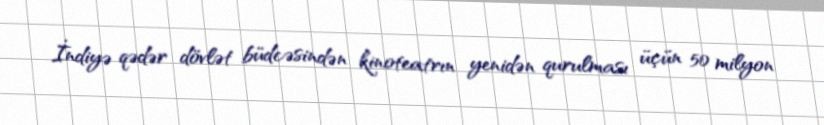
İndiyə qədər dövlət büdcəsindən kinoteatrın yenidən qurulması üçün 50 milyon